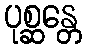
ပုစ္ဆန္တေ